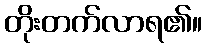
တိုးတက်လာရ၏။